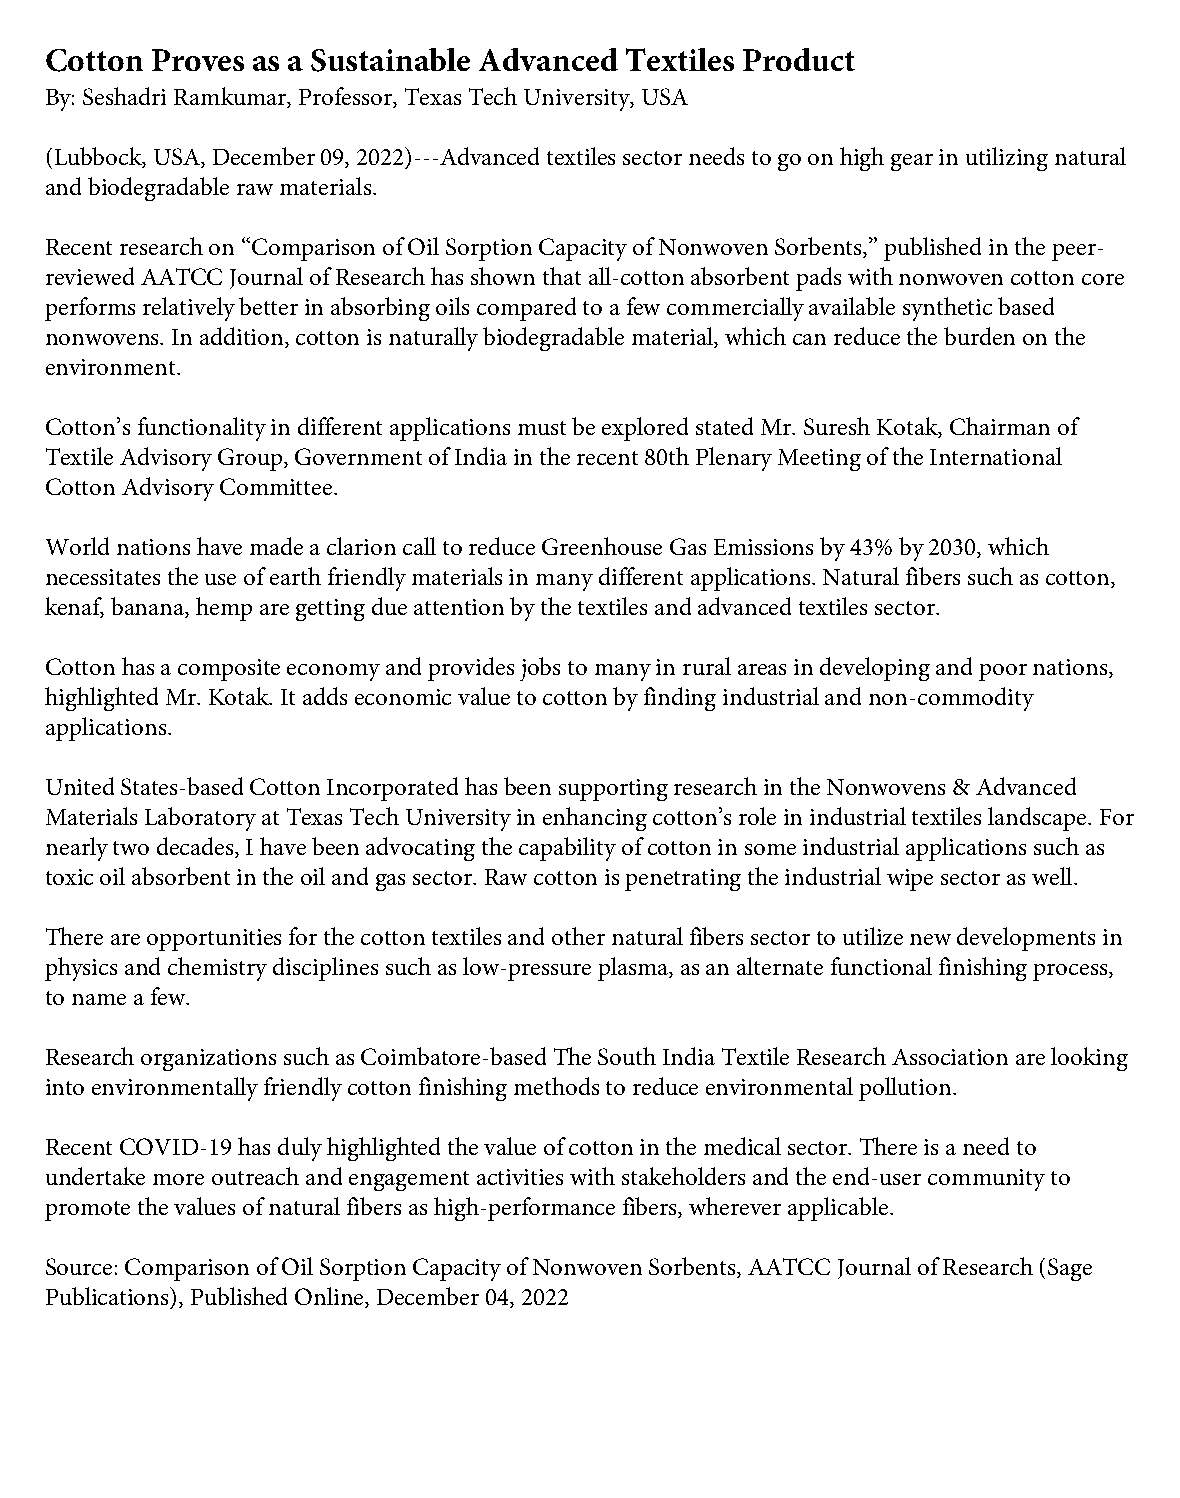
Cotton Proves as a Sustainable Advanced Textiles Product
 By: Seshadri Ramkumar, Professor, Texas Tech University, USA
 (Lubbock, USA, December 09, 2022)---Advanced textiles sector needs to go on high gear in utilizing natural
 and biodegradable raw materials.
 Recent research on “Comparison of Oil Sorption Capacity of Nonwoven Sorbents,” published in the peer-
 reviewed AATCC Journal of Research has shown that all-cotton absorbent pads with nonwoven cotton core
 performs relatively better in absorbing oils compared to a few commercially available synthetic based
 nonwovens. In addition, cotton is naturally biodegradable material, which can reduce the burden on the
 environment.
 Cotton’s functionality in different applications must be explored stated Mr. Suresh Kotak, Chairman of
 Textile Advisory Group, Government of India in the recent 80th Plenary Meeting of the International
 Cotton Advisory Committee.
 World nations have made a clarion call to reduce Greenhouse Gas Emissions by 43% by 2030, which
 necessitates the use of earth friendly materials in many different applications. Natural fibers such as cotton,
 kenaf, banana, hemp are getting due attention by the textiles and advanced textiles sector.
 Cotton has a composite economy and provides jobs to many in rural areas in developing and poor nations,
 highlighted Mr. Kotak. It adds economic value to cotton by finding industrial and non-commodity
 applications.
 United States-based Cotton Incorporated has been supporting research in the Nonwovens & Advanced
 Materials Laboratory at Texas Tech University in enhancing cotton’s role in industrial textiles landscape. For
 nearly two decades, I have been advocating the capability of cotton in some industrial applications such as
 toxic oil absorbent in the oil and gas sector. Raw cotton is penetrating the industrial wipe sector as well.
 There are opportunities for the cotton textiles and other natural fibers sector to utilize new developments in
 physics and chemistry disciplines such as low-pressure plasma, as an alternate functional finishing process,
 to name a few.
 Research organizations such as Coimbatore-based The South India Textile Research Association are looking
 into environmentally friendly cotton finishing methods to reduce environmental pollution.
 Recent COVID-19 has duly highlighted the value of cotton in the medical sector. There is a need to
 undertake more outreach and engagement activities with stakeholders and the end-user community to
 promote the values of natural fibers as high-performance fibers, wherever applicable.
 Source: Comparison of Oil Sorption Capacity of Nonwoven Sorbents, AATCC Journal of Research (Sage
 Publications), Published Online, December 04, 2022